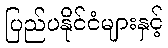
ပြည်ပနိုင်ငံများနှင့်